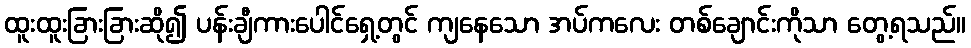
ထူးထူးခြားခြားဆို၍ ပန်းချီကားပေါင်ရှေ့တွင် ကျနေသော အပ်ကလေး တစ်ချောင်းကိုသာ တွေ့ရသည်။